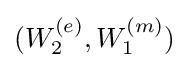
(W_{2}^{(e)},W_{1}^{(m)})